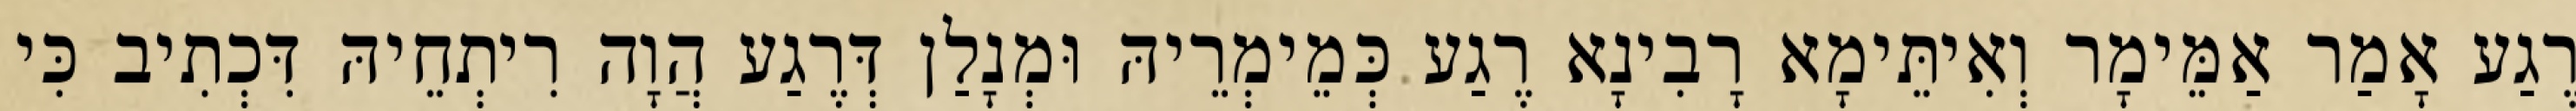
רֶגַע אָמַר אַמֵּימָר וְאִיתֵּימָא רָבִינָא רֶגַע כְּמֵימְרֵיהּ וּמְנָלַן דְּרֶגַע הֲוָה רִיתְחֵיהּ דִּכְתִיב כִּי